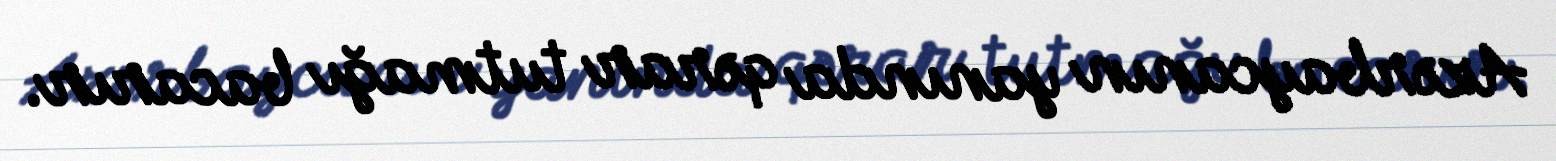
Azərbaycanın yanında qərar tutmağı bacarır.